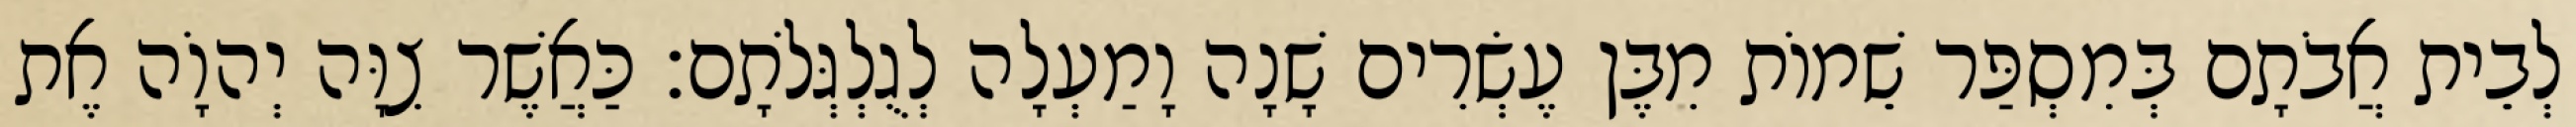
לְבֵית אֲבֹתָם בְּמִסְפַּר שֵׁמוֹת מִבֶּן עֶשְׂרִים שָׁנָה וָמַעְלָה לְגֻלְגְּלֹתָם׃ כַּאֲשֶׁר צִוָּה יְהוָֹה אֶת